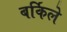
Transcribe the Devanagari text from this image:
बर्किले